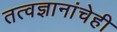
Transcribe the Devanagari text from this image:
तत्वज्ञानांचेही